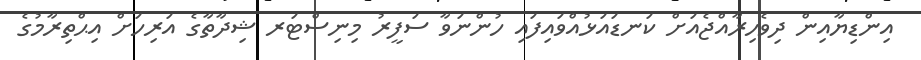
އިންޑިޔާއިން ދިވެހިރާއްޖެއަށް ކަނޑައަޅުއްވައިފައި ހުންނަވާ ސަފީރު މިނިސްޓަރ ޝިދާތާގެ އަރިހަށް އިޙްތިރާމުގެ